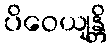
ပိဝေယျန္တိ